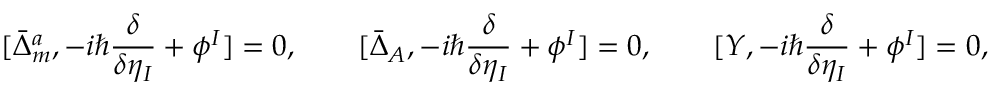
[ \bar { \Delta } _ { m } ^ { a } , - i \hbar \frac { \delta } { \delta \eta _ { I } } + \phi ^ { I } ] = 0 , \qquad [ \bar { \Delta } _ { A } , - i \hbar \frac { \delta } { \delta \eta _ { I } } + \phi ^ { I } ] = 0 , \qquad [ Y , - i \hbar \frac { \delta } { \delta \eta _ { I } } + \phi ^ { I } ] = 0 ,